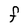
Character: F